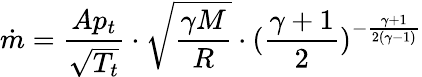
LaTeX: {\dot{m}}={\frac{Ap_{t}}{\sqrt{T_{t}}}}\cdot{\sqrt{\frac{\gamma M}{R}}}\cdot({\frac{\gamma+1}{2}})^{-{\frac{\gamma+1}{2(\gamma-1)}}}